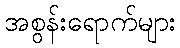
အစွန်းရောက်များ